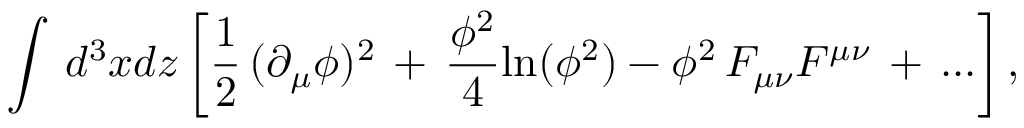
\int \, d ^ { 3 } x d z \left[ { \frac { 1 } { 2 } } \, ( \partial _ { \mu } \phi ) ^ { 2 } \, + \, { \frac { \phi ^ { 2 } } { 4 } } \mathrm { l n } ( \phi ^ { 2 } ) - \phi ^ { 2 } \, F _ { \mu \nu } F ^ { \mu \nu } \, + \, . . . \right] ,